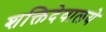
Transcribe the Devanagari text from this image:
शक्तिदेवालये